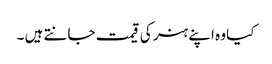
کیا وہ اپنے ہنر کی قیمت جانتے ہیں ۔